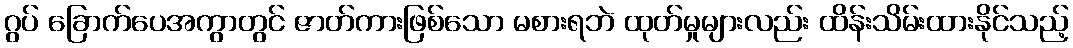
ဂွပ် ခြောက်ပေအကွာတွင် ဇာတ်ကားဖြစ်သော မစားရဘဲ ထုတ်မှုများလည်း ထိန်းသိမ်းထားနိုင်သည့်